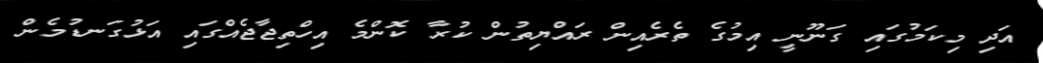
އަދި މިކަމުގައި ގަނޫނީ އިމުގެ ތެރެއިން ރައްޔިތުން ކުރާ ކޮންމެ އިހްތިޖާޖެއްގައި އަޅުގަނޑުމެން